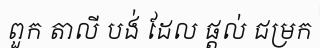
ពួក តាលី បង់ ដែល ផ្តល់ ជម្រក